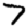
Digit: 7